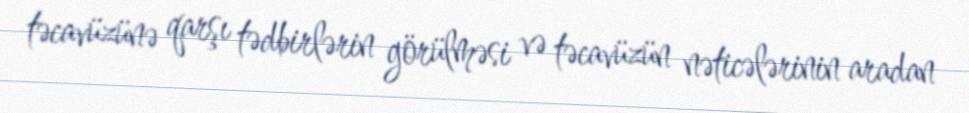
təcavüzünə qarşı tədbirlərin görülməsi və təcavüzün nəticələrinin aradan